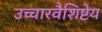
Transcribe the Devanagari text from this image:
उच्चारवैशिष्टेय